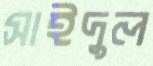
সাইদুল